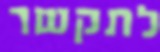
לתקשר